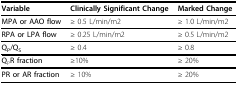
<table><thead><tr><td><b>Variable</b></td><td><b>Clinically Significant Change</b></td><td><b>Marked Change</b></td></tr></thead><tbody><tr><td><b>MPA or AAO flow</b></td><td>≥ 0.5 L/min/m2</td><td>≥ 1.0 L/min/m2</td></tr><tr><td><b>RPA or LPA flow</b></td><td>≥ 0.25 L/min/m2</td><td>≥ 0.5 L/min/m2</td></tr><tr><td><b>Q<sub>P</sub>/Q<sub>S</sub></b></td><td>≥ 0.4</td><td>≥ 0.8</td></tr><tr><td><b>Q</b><sub>P</sub><b>R fraction</b></td><td>=≥10%</td><td>≥ 20%</td></tr><tr><td><b>PR or AR fraction</b></td><td>≥ 10%</td><td>≥ 20%</td></tr></tbody></table>